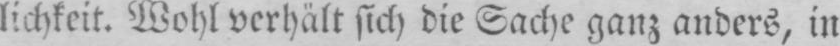
lichkeit. Wohl verhält sich die Sache ganz anders, in